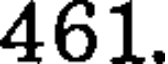
461.